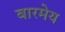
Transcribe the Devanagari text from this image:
बारमेय